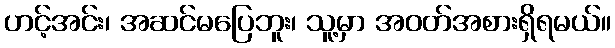
ဟင့်အင်း၊ အဆင်မပြေဘူး၊ သူ့မှာ အဝတ်အစားရှိရမယ်။